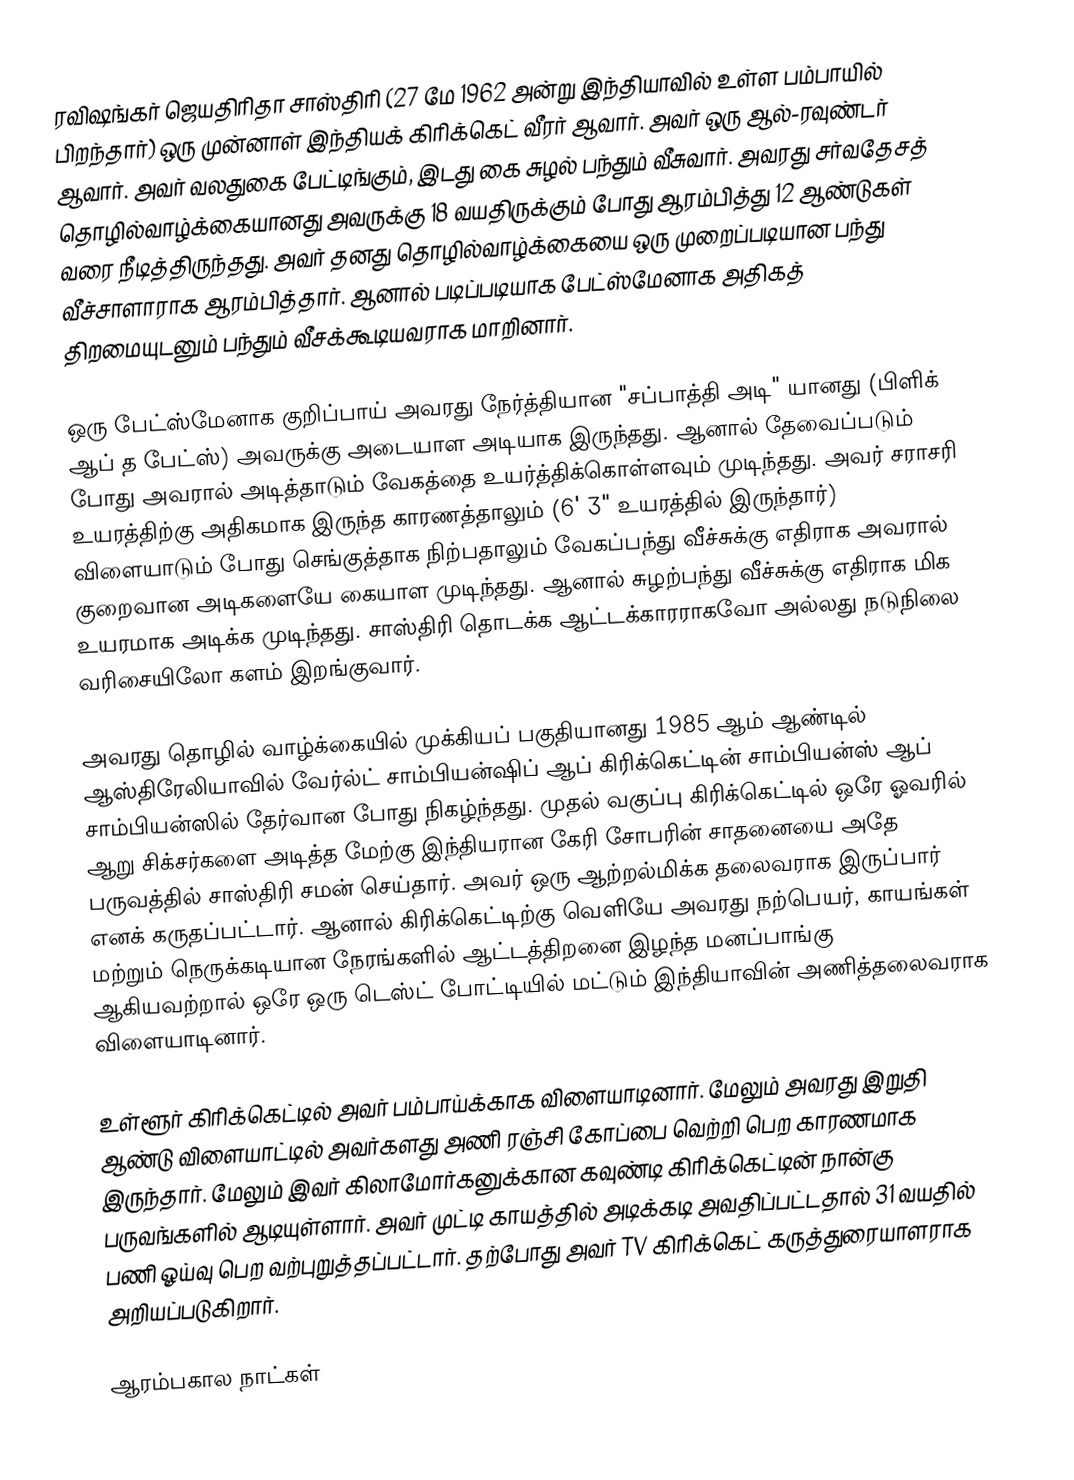
ரவிஷங்கர் ஜெயதிரிதா சாஸ்திரி  (27 மே 1962 அன்று இந்தியாவில் உள்ள பம்பாயில் பிறந்தார்) ஒரு முன்னாள் இந்தியக் கிரிக்கெட் வீரர் ஆவார். அவர் ஒரு ஆல்-ரவுண்டர் ஆவார். அவர் வலதுகை பேட்டிங்கும், இடது கை சுழல் பந்தும் வீசுவார். அவரது சர்வதேசத் தொழில்வாழ்க்கையானது அவருக்கு 18 வயதிருக்கும் போது ஆரம்பித்து 12 ஆண்டுகள் வரை நீடித்திருந்தது. அவர் தனது தொழில்வாழ்க்கையை ஒரு முறைப்படியான பந்து வீச்சாளாராக ஆரம்பித்தார். ஆனால் படிப்படியாக பேட்ஸ்மேனாக அதிகத் திறமையுடனும் பந்தும் வீசக்கூடியவராக மாறினார்.

ஒரு பேட்ஸ்மேனாக குறிப்பாய் அவரது நேர்த்தியான "சப்பாத்தி அடி"  யானது (பிளிக் ஆப் த பேட்ஸ்) அவருக்கு அடையாள அடியாக இருந்தது. ஆனால் தேவைப்படும் போது அவரால் அடித்தாடும் வேகத்தை உயர்த்திக்கொள்ளவும் முடிந்தது. அவர் சராசரி உயரத்திற்கு அதிகமாக இருந்த காரணத்தாலும் (6' 3" உயரத்தில் இருந்தார்) விளையாடும் போது செங்குத்தாக நிற்பதாலும் வேகப்பந்து வீச்சுக்கு எதிராக அவரால் குறைவான அடிகளையே கையாள முடிந்தது. ஆனால் சுழற்பந்து வீச்சுக்கு எதிராக மிக உயரமாக அடிக்க முடிந்தது. சாஸ்திரி தொடக்க ஆட்டக்காரராகவோ அல்லது நடுநிலை வரிசையிலோ களம் இறங்குவார்.

அவரது தொழில் வாழ்க்கையில் முக்கியப் பகுதியானது 1985 ஆம் ஆண்டில் ஆஸ்திரேலியாவில் வேர்ல்ட் சாம்பியன்ஷிப் ஆப் கிரிக்கெட்டின் சாம்பியன்ஸ் ஆப் சாம்பியன்ஸில் தேர்வான போது நிகழ்ந்தது. முதல் வகுப்பு கிரிக்கெட்டில் ஒரே ஓவரில் ஆறு சிக்சர்களை அடித்த மேற்கு இந்தியரான கேரி சோபரின் சாதனையை அதே பருவத்தில் சாஸ்திரி சமன் செய்தார். அவர் ஒரு ஆற்றல்மிக்க தலைவராக இருப்பார் எனக் கருதப்பட்டார். ஆனால் கிரிக்கெட்டிற்கு  வெளியே அவரது நற்பெயர், காயங்கள் மற்றும் நெருக்கடியான நேரங்களில் ஆட்டத்திறனை இழந்த மனப்பாங்கு ஆகியவற்றால் ஒரே ஒரு டெஸ்ட் போட்டியில் மட்டும் இந்தியாவின் அணித்தலைவராக விளையாடினார்.

உள்ளூர் கிரிக்கெட்டில் அவர் பம்பாய்க்காக விளையாடினார். மேலும் அவரது இறுதி ஆண்டு விளையாட்டில் அவர்களது அணி ரஞ்சி கோப்பை வெற்றி பெற காரணமாக இருந்தார். மேலும் இவர் கிலாமோர்கனுக்கான கவுண்டி கிரிக்கெட்டின் நான்கு பருவங்களில் ஆடியுள்ளார். அவர் முட்டி காயத்தில் அடிக்கடி அவதிப்பட்டதால் 31 வயதில் பணி ஓய்வு பெற வற்புறுத்தப்பட்டார். தற்போது அவர் TV கிரிக்கெட் கருத்துரையாளராக அறியப்படுகிறார்.

ஆரம்பகால நாட்கள்